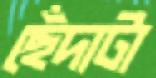
ছেঁদাটা